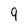
Character: 9